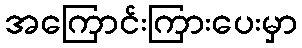
အကြောင်းကြားပေးမှာ